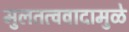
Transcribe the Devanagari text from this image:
मुलतत्ववादामुळे